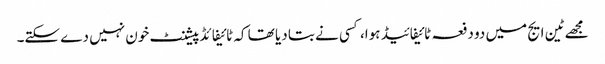
مجھے ٹین ایج میں دو دفعہ ٹائیفائیڈ ہوا، کسی نے بتا دیا تھا کہ ٹائیفائڈ پیشنٹ خون نہیں دے سکتے۔